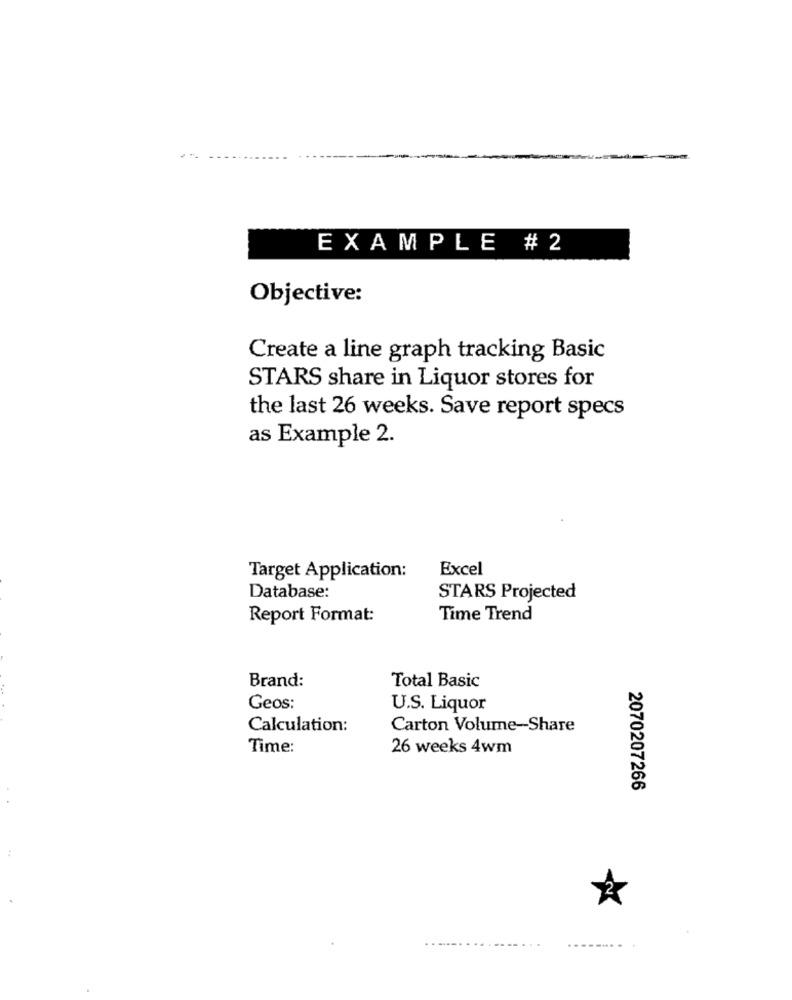
EXAMPLE # 2
Objective:
Create a line graph tracking Basic
STARS share in Liquor stores for
the last 26 weeks. Save report specs
as Example 2.
Excel
Target Application:
Database:
STARS Projected
Report Format:
Time Trend
Brand:
Total Basic
Geos:
U.S. Liquor
Calculation:
Carton Volume-Share
Time:
26 weeks 4wm
2070207266